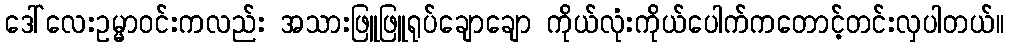
ဒေါ်လေးဥမ္မာဝင်းကလည်း အသားဖြူဖြူရုပ်ချောချော ကိုယ်လုံးကိုယ်ပေါက်ကတောင့်တင်းလှပါတယ်။